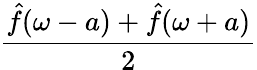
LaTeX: \frac{{\hat{f}}(\omega-a)+{\hat{f}}(\omega+a)}{2}